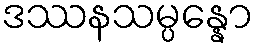
ဒဿနသမ္ပန္နော